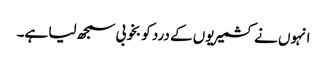
انہوں نے کشمیریوں کے درد کو بخوبی سمجھ لیا ہے۔